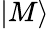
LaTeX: |M\rangle